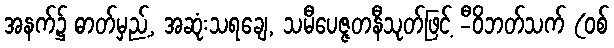
အနက်၌ ဓာတ်မှည့်, အဆုံးသရချေ, သမီပေဇ္ဇတနီသုတ်ဖြင့် -ီဝိဘတ်သက် (ဝစ်